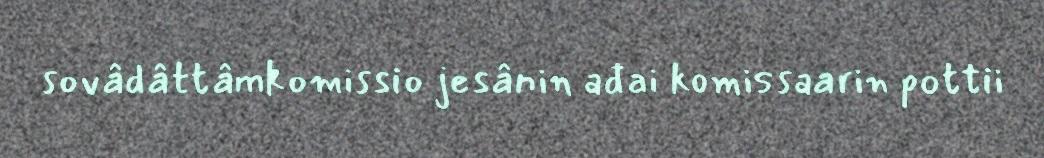
sovâdâttâmkomissio jesânin ađai komissaarin pottii